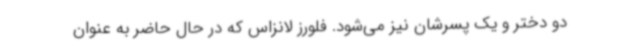
دو دختر و یک پسرشان نیز می‌شود. فلورز لانزاس که در حال حاضر به عنوان